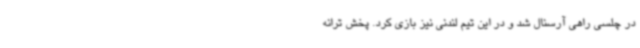
در چلسی راهی آرسنال شد و در این تیم لندنی نیز بازی کرد. پخش ترانه